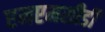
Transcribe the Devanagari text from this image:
एमएमसीडी